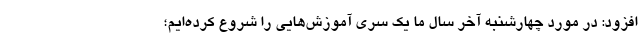
افزود: در مورد چهارشنبه آخر سال ما یک سری آموزش‌هایی را شروع کرده‌ایم؛